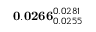
\mathbf { 0 . 0 2 6 6 } _ { 0 . 0 2 5 5 } ^ { 0 . 0 2 8 1 }